Reports on military cantonments and civil stations in the Presidency of Bombay inspected by the Sanitary Commissioner in the years 1875 and 1876
Year: 1875
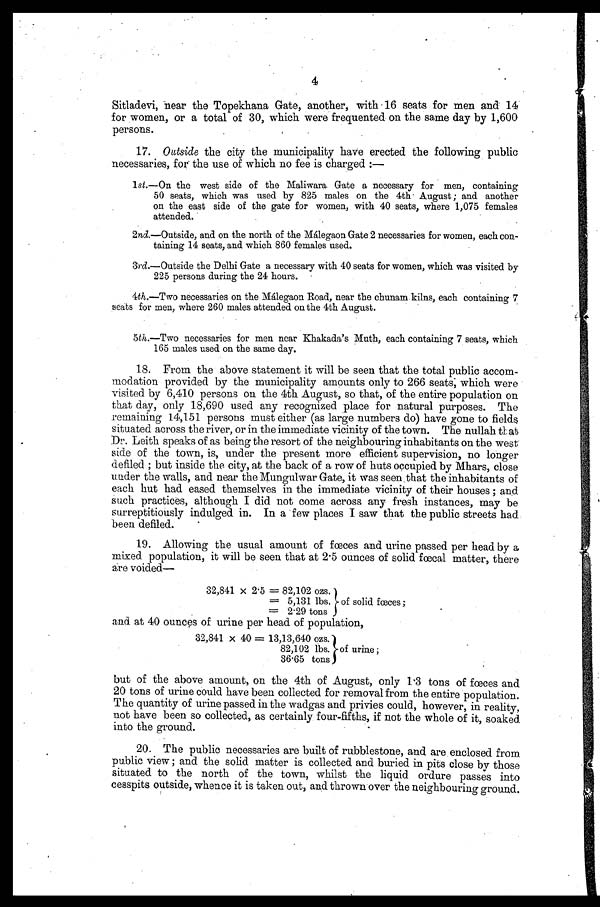
Sitladevi, near the Topekhana Gate, another, with 16 seats for men and 14
for women, or a total of 30, which were frequented on the same day by 1,600
persons.
17. Outside the city the municipality have erected the following public
necessaries, for the use of which no fee is charged:—
1 s t
. — O n t h e w e s t s i d e o f t h e M a l i w a r a G a t e a n e c e s s a r y f o r m e n , c o n t a i n i n g
50 seats, which was used by 825 males on the 4th August; and another
on the east side of the gate for women, with 40 seats, where 1,075 females
attended.
2nd.—Outside, and on the north of the Malegaon Gate 2 necessaries for women, each con-
taining 14 seats, and which 860 females used.
3rd.—Outside the Delhi Gate a necessary with 40 seats for women, which was visited by
225 persons during the 24 hours.
4th.—Two necessaries on the Má1egaon Road, near the chunam kilns, each containing 7
seats for men, where 260 males attended on the 4th August.
5th.—Two necessaries for men near Khakada's Muth, each containing 7 seats, which
165 males used on the same day.
18. From the above statement it will be seen that the total public accom
-modation provided by the municipality amounts only to 266 seats, which were
visited by 6,410 persons on the 4th August, so that, of the entire population on
that day, only 18,690 used any recognized place for natural purposes. The
remaining 14,151 persons must either (as large numbers do) have gone to fields
situated across the river, or in the immediate vicinity of the town. The nullah that
Dr. Leith speaks of as being the resort of the neighbouring inhabitants on the west
side of the town, is, under the present more efficient supervision, no longer
defiled; but inside the city, at the back of a row of huts occupied by Mhars, close
under the walls, and near the Mungulwar Gate, it was seen that the inhabitants of
each hut had eased themselves in the immediate vicinity of their houses; and
such practices, although I did not come across any fresh instances, may be
surreptitiously indulged in. In a few places I saw that the public streets had
been defiled.
19. Allowing the usual amount of fœces and urine passed per head by a
mixed population, it will be seen that at 2.5 ounces of solid faecal matter, there
are voided—
32,841 x 2.5 = 82,102 ozs.
= 5,131 lbs. of solid fœces;
and at 40 ounces of urine per head of population,
32,841 x 40 = 13,13,640 ozs.
82,102 lbs.
36.65 tons
of urine;
but of the above amount, on the 4th of August, only 1.3 tons of fœces and
20 tons of urine could have been collected for removal from the entire 'population.
The quantity of urine passed in the wadgas and privies could, however, in reality,
not have been so collected, as certainly four-fifths, if not the whole of it, soaked
into the ground.
public view; and the solid matter is collected and buried in pits close by those
situated to the north of the town, whilst the liquid ordure passes into
cesspits outside, whence it is taken out, and thrown over the neighbouring ground.